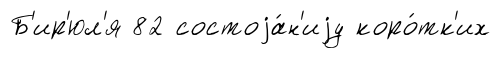
Б'ир'юл'я 82 состоjа́н'иjу коро́тк'их